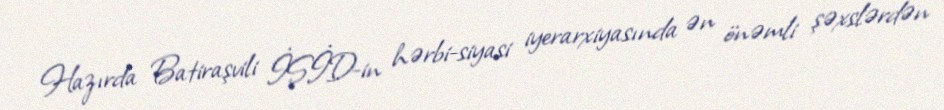
Hazırda Batiraşvili İŞİD-in hərbi-siyasi iyerarxiyasında ən önəmli şəxslərdən